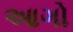
આગો